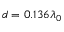
d = 0 . 1 3 6 \lambda _ { 0 }